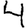
Digit: 4